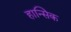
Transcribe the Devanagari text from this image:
हान्सिक